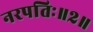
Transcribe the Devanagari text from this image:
नरपतिः॥२॥